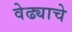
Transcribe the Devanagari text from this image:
वेढ्याचे